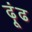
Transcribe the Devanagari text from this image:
ढ़ूंढ